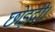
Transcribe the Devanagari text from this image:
छोड़दी।